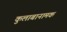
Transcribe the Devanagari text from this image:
कुलाबानामक